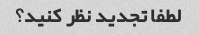
لطفا تجدید نظر کنید؟